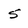
Character: 5